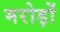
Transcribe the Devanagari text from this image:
मरोड़ों